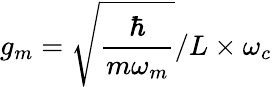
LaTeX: g_{m}=\sqrt{\frac{\hbar}{m\omega_{m}}}/L\times\omega_{c}